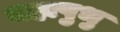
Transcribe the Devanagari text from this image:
महापुभु